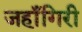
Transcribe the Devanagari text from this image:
जहाँगिरी